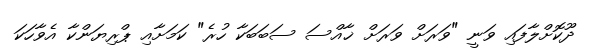
ދޫކޮށްލާފައި ވަނީ "ވަރަށް ވަރަށް ޚާއްސަ ސަބަބަކާ ހުރެ" ކަމަށާއި ޕްރިޔަންކާ އެވާހަކަ